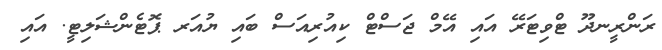
ރަންރީނދޫ ޓްވިޓަރޭ އައި އޭމް ޖަސްޓް ކިއުރިއަސް ބައި ޔުއަރ ޕޮޓެންޝަލިޓީ. އައި